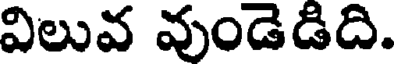
విలువ వుండెడిది.